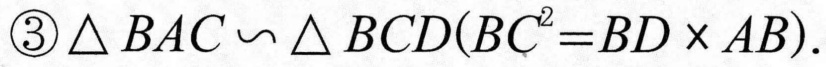
$\textcircled{3}\triangle BAC\backsim\triangle BCD(BC^{2}=BD\times AB).$